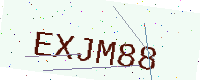
Text: EXJM88